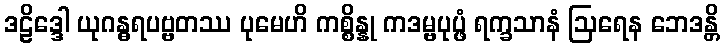
ဒဠိဒ္ဒေါ ယုဂန္ဓရပဗ္ဗတဿ ပုမေဟိ ကစ္စိန္နု ကဒမ္ဗပုပ္ဖံ ရက္ခသာနံ ဩရေန ဘေဒန္တိ